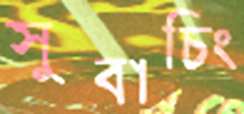
সুবাচিং